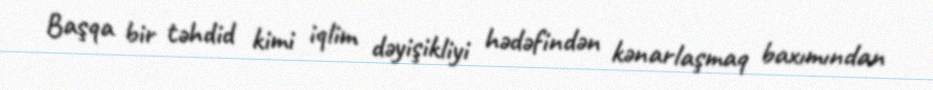
Başqa bir təhdid kimi iqlim dəyişikliyi hədəfindən kənarlaşmaq baxımından